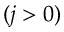
( j > 0 )